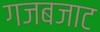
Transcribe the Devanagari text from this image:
गजबजाट